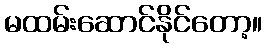
မထမ်းဆောင်နိုင်တော့။